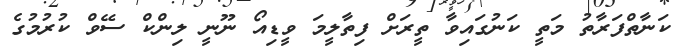
ކަނާތްފަރާތު މަތީ ކަނުގައިވާ ތީރަށް ފިތާލީމަ ވީޑިއޯ ނޫނީ ލިންކް ސޭވް ކުރުމުގެ